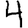
Digit: 4